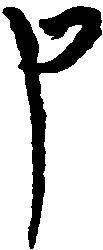
申